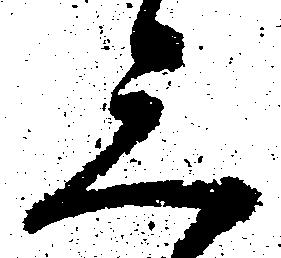
三